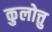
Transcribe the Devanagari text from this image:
कुलोत्तु